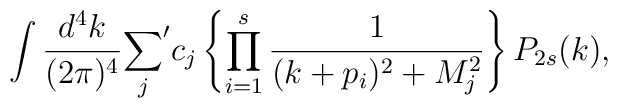
\int{d^4k\over (2\pi)^4}{\sum_j}^\prime c_j \left\{\prod_{i=1}^s{1\over(k+p_i)^2+M_j^2}\right\}P_{2s}(k),